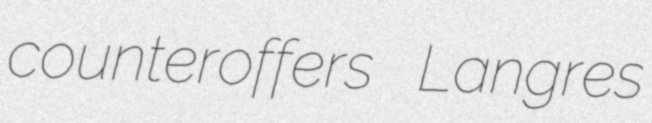
counteroffers Langres